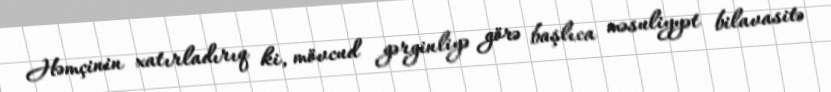
Həmçinin xatırladırıq ki, mövcud gərginliyə görə başlıca məsuliyyət bilavasitə